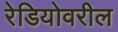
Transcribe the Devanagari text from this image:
रेडियोवरील